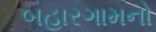
બહારગામનો